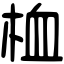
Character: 桖